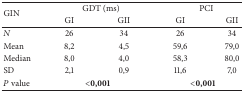
| <ROWSPAN=2> GIN | <COLSPAN=2> GDT (ms) | <COLSPAN=2> PCI |
 | GI | GII | GI | GII |
 | --- | --- | --- | --- | --- |
 | N | 26 | 34 | 26 | 34 |
 | Mean | 8,2 | 4,5 | 59,6 | 79,0 |
 | Median | 8,0 | 4,0 | 58,3 | 80,0 |
 | SD | 2,1 | 0,9 | 11,6 | 7,0 |
 | P value | <COLSPAN=2> <0,001 | <COLSPAN=2> <0,001 |